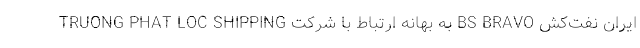
ایران نفت‌کش BS BRAVO به بهانه ارتباط با شرکت TRUONG PHAT LOC SHIPPING